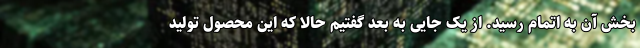
بخش آن به اتمام رسید. از یک جایی به بعد گفتیم حالا که این محصول تولید